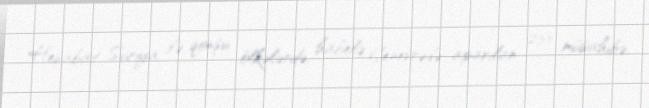
Hesabat Suriya ilə qonşu ölkələrdə, habelə Cenevrədə aparılan 233 müsahibə,